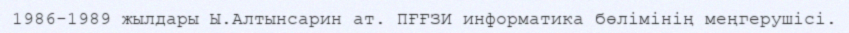
1986-1989 жылдары Ы.Алтынсарин ат. ПҒҒЗИ информатика бөлімінің меңгерушісі.